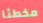
مخطئا